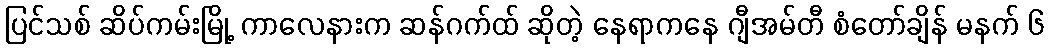
ပြင်သစ် ဆိပ်ကမ်းမြို့ ကာလေနားက ဆန်ဂက်ထ် ဆိုတဲ့ နေရာကနေ ဂျီအမ်တီ စံတော်ချိန် မနက် ၆